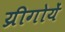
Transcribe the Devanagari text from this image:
य्रीगोयें